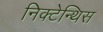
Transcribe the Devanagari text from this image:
निक्टेन्थिस